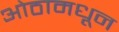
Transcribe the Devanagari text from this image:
ओठामधून